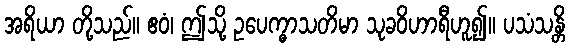
အရိယာ တို့သည်။ ဧဝံ၊ ဤသို့ ဥပေက္ဓာသတိမာ သုခဝိဟာရီဟူ၍။ ပသံသန္တိ